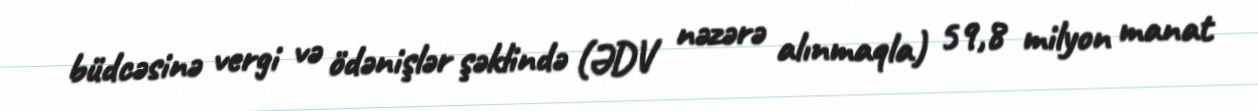
büdcəsinə vergi və ödənişlər şəklində (ƏDV nəzərə alınmaqla) 59,8 milyon manat